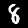
Label: 8